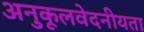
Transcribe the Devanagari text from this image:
अनुकूलवेदनीयता